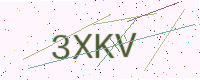
Text: 3XKV